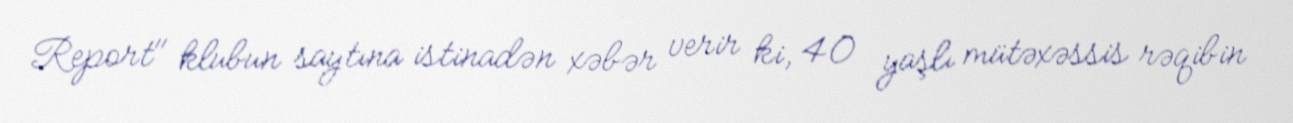
Report" klubun saytına istinadən xəbər verir ki, 40 yaşlı mütəxəssis rəqibin